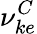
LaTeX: \nu_{ke}^{C}